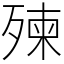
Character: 㱫